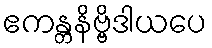
ဧကန္တနိဗ္ဗိဒါယပေ